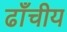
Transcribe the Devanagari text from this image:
ढाँचीय